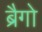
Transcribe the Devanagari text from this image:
ब्रैगो